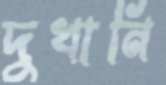
দুখানি